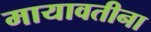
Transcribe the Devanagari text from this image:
मायावतीना